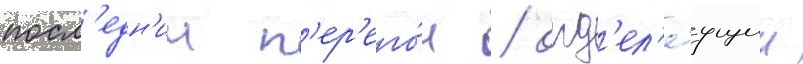
посл'едн'ии п'ер'его́н / отд'ел'яущии